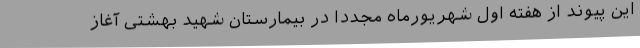
این پیوند از هفته اول شهریورماه مجدداً در بیمارستان شهید بهشتی آغاز